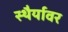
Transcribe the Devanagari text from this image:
स्थैर्यावर